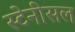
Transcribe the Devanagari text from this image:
स्टेनीसल